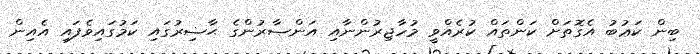
ބިން ކަޢުބު އެގޮތަށް ކަންތައް ކުރެއްވީ މުހާޖިރުންނާއި އަންޞާރުންގެ ޙާޟިރުގައި ކަމުގައިވެފައި އެއިން